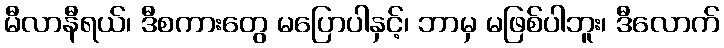
မီလာနီရယ်၊ ဒီစကားတွေ မပြောပါနှင့်၊ ဘာမှ မဖြစ်ပါဘူး၊ ဒီလောက်